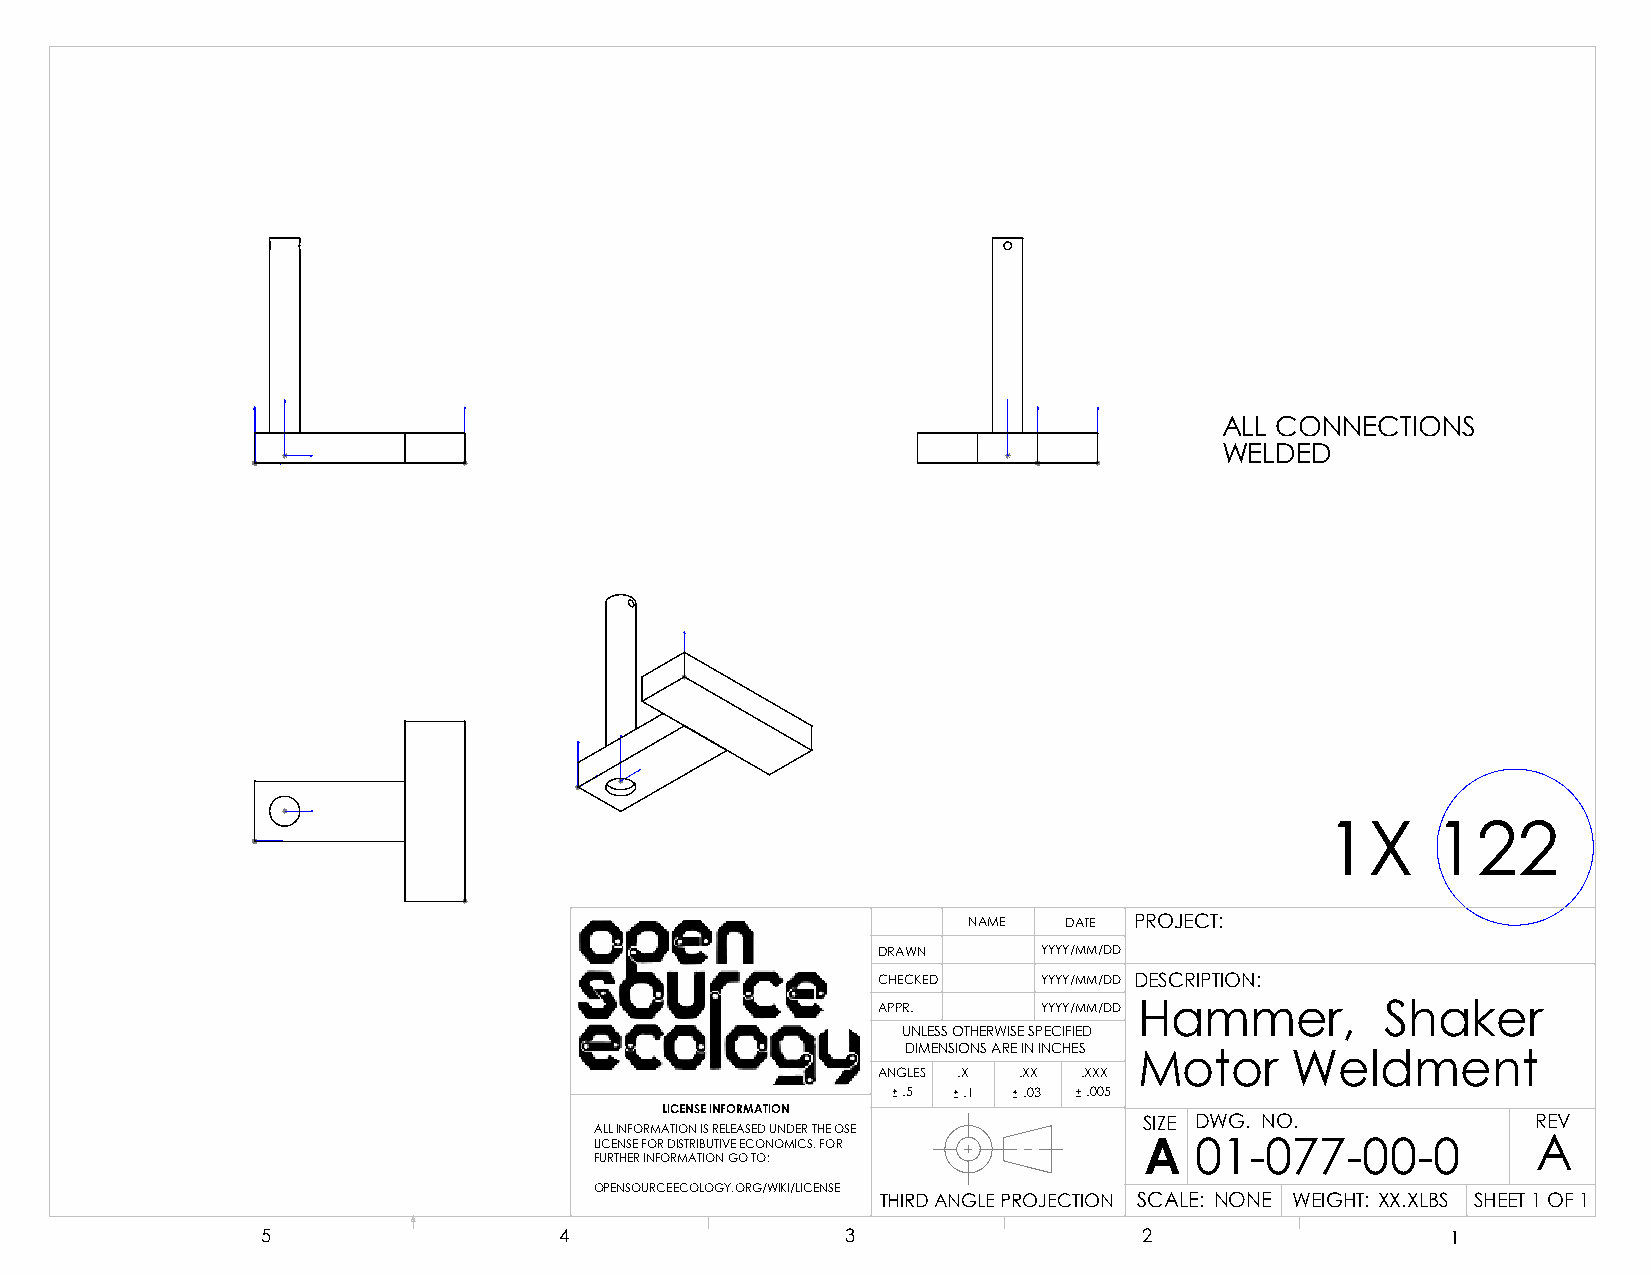
ALL CONNECTIONS
 WELDED
 1X     122
 NAME  DATE PROJECT:
 DRAWN      YYYY/MM/DD
 CHECKED    YYYY/MM/DD DESCRIPTION:
 APPR.      YYYY/MM/DD Hammer,     Shaker
 UNLESS OTHERWISE SPECIFIED
 DIMENSIONS ARE IN INCHES
 Motor     Weldment
 ANGLES .X .XX .XXX
 .5  .1  .03 .005
 LICENSE INFORMATION
 SIZE DWG. NO.             REV
 ALL INFORMATION IS RELEASED UNDER THE OSE
 LICENSE FOR DISTRIBUTIVE ECONOMICS. FOR A 01-077-00-0          A
 FURTHER INFORMATION GO TO:
 OPENSOURCEECOLOGY.ORG/WIKI/LICENSE
 THIRD ANGLE PROJECTION SCALE: NONE WEIGHT: XX.XLBS SHEET 1 OF 1
 5                   4                  3                   2                   1